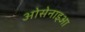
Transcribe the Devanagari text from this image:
ओसेनाइआ